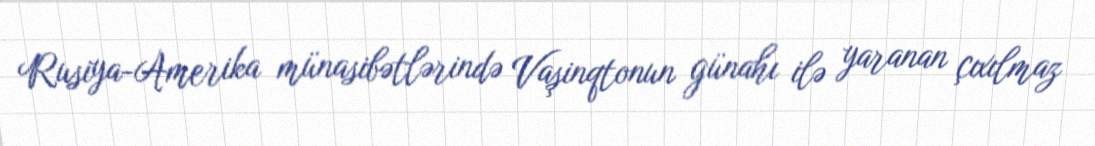
Rusiya-Amerika münasibətlərində Vaşinqtonun günahı ilə yaranan çıxılmaz